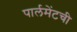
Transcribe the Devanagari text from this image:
पार्लमेंटची